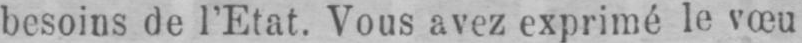
besoins de l’Etat. Vous avez exprimé le vœu